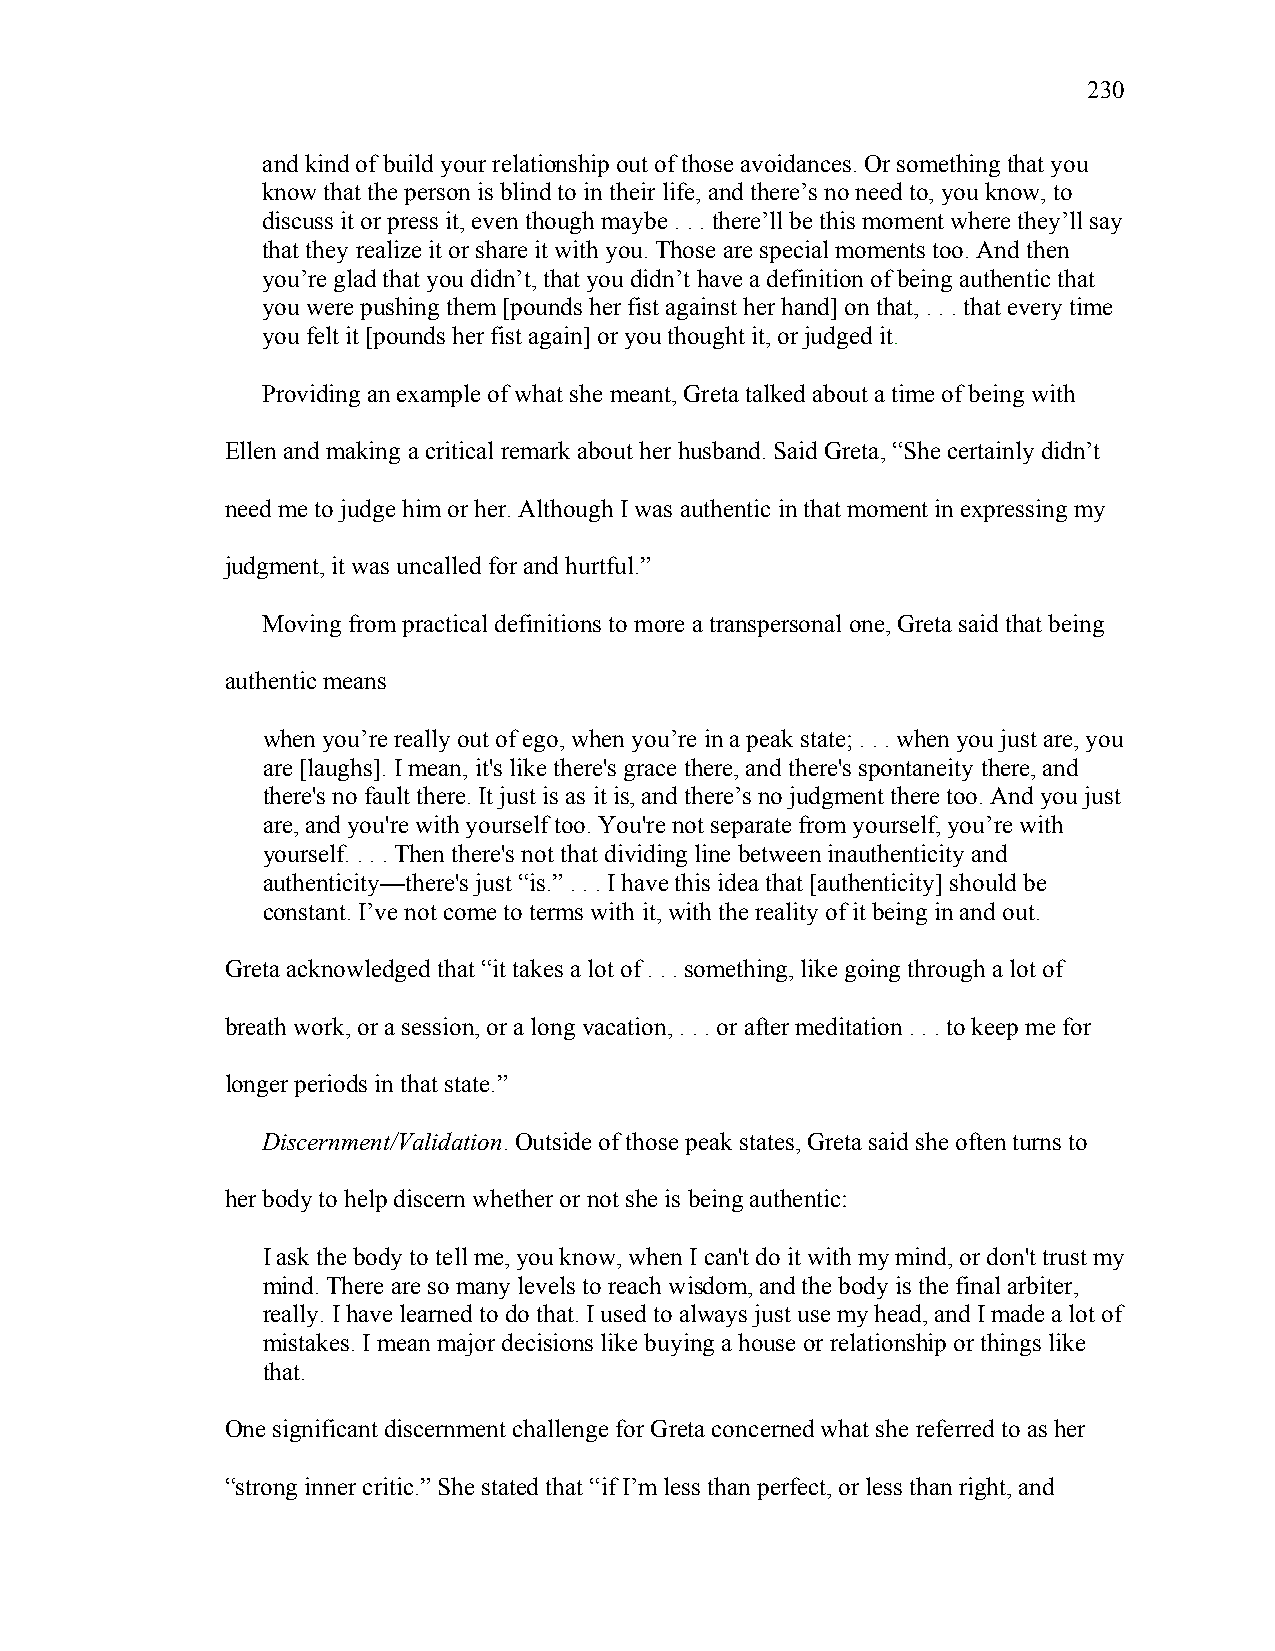
230
 and kind of build your relationship out of those avoidances. Or something that you
 know that the person is blind to in their life, and there’s no need to, you know, to
 discuss it or press it, even though maybe . . . there’ll be this moment where they’ll say
 that they realize it or share it with you. Those are special moments too. And then
 you’re glad that you didn’t, that you didn’t have a definition of being authentic that
 you were pushing them [pounds her fist against her hand] on that, . . . that every time
 you felt it [pounds her fist again] or you thought it, or judged it.
 Providing an example of what she meant, Greta talked about a time of being with
 Ellen and making a critical remark about her husband. Said Greta, “She certainly didn’t
 need me to judge him or her. Although I was authentic in that moment in expressing my
 judgment, it was uncalled for and hurtful.”
 Moving from practical definitions to more a transpersonal one, Greta said that being
 authentic means
 when you’re really out of ego, when you’re in a peak state; . . . when you just are, you
 are [laughs]. I mean, it's like there's grace there, and there's spontaneity there, and
 there's no fault there. It just is as it is, and there’s no judgment there too. And you just
 are, and you're with yourself too. You're not separate from yourself, you’re with
 yourself. . . . Then there's not that dividing line between inauthenticity and
 authenticity—there's just “is.” . . . I have this idea that [authenticity] should be
 constant. I’ve not come to terms with it, with the reality of it being in and out.
 Greta acknowledged that “it takes a lot of . . . something, like going through a lot of
 breath work, or a session, or a long vacation, . . . or after meditation . . . to keep me for
 longer periods in that state.”
 Discernment/Validation. Outside of those peak states, Greta said she often turns to
 her body to help discern whether or not she is being authentic:
 I ask the body to tell me, you know, when I can't do it with my mind, or don't trust my
 mind. There are so many levels to reach wisdom, and the body is the final arbiter,
 really. I have learned to do that. I used to always just use my head, and I made a lot of
 mistakes. I mean major decisions like buying a house or relationship or things like
 that.
 One significant discernment challenge for Greta concerned what she referred to as her
 “strong inner critic.” She stated that “if I’m less than perfect, or less than right, and